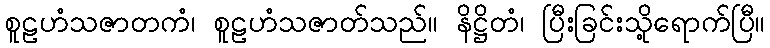
စူဠဟံသဇာတကံ၊ စူဠဟံသဇာတ်သည်။ နိဋ္ဌိတံ၊ ပြီးခြင်းသို့ရောက်ပြီ။